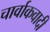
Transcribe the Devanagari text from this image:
चार्वाकवादी